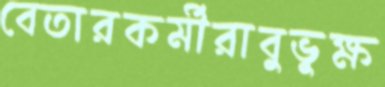
বেতারকর্মীরাবুভুক্ষ